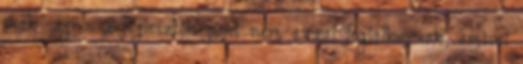
csak sajnos a fejlesztők pont nem azzal foglalkoznak, amivel